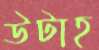
উটাহ